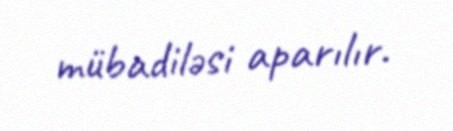
mübadiləsi aparılır.